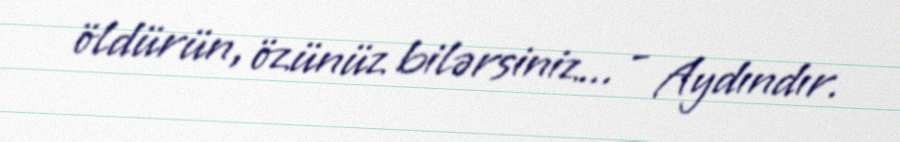
öldürün, özünüz bilərsiniz... - Aydındır.